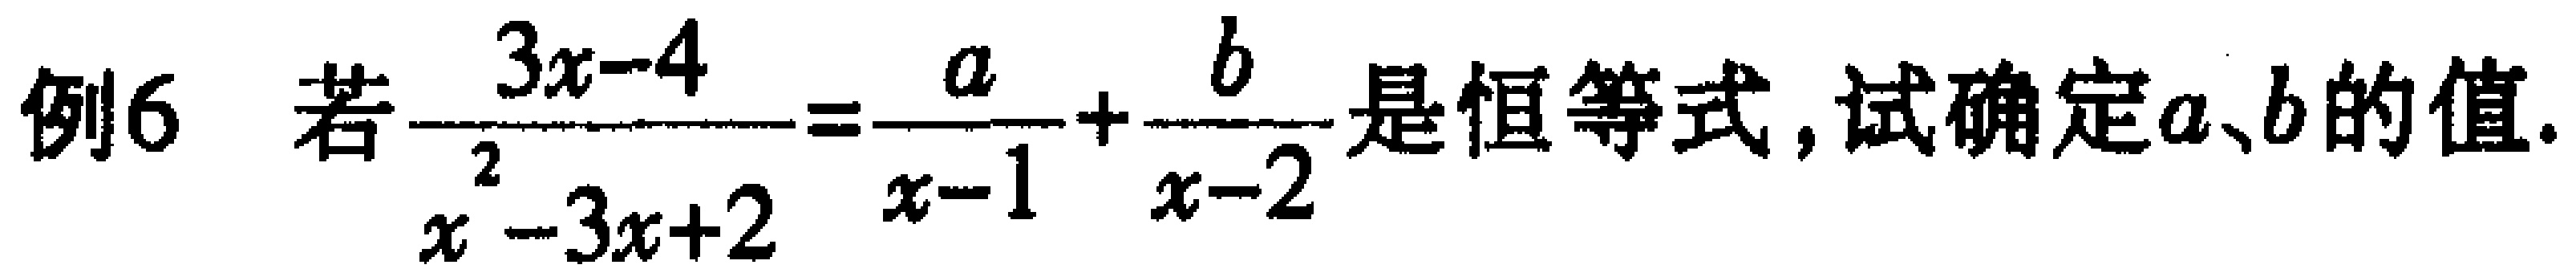
例6 若$\frac{3x - 4}{x^{2}-3x + 2}=\frac{a}{x - 1}+\frac{b}{x - 2}$是恒等式，试确定$a、b$的值.